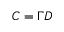
C = \Gamma D